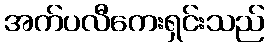
အက်ပလီကေးရှင်းသည်